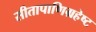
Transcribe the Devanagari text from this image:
सीतापाणिग्रहेष्ट